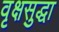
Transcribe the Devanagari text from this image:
वृक्षसुद्धा